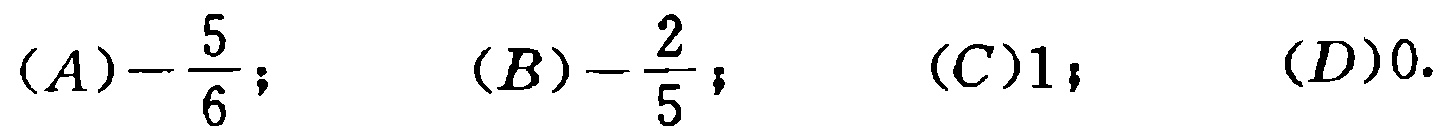
$(A)-\frac{5}{6}; \quad (B)-\frac{2}{5}; \quad (C)1; \quad (D)0.$